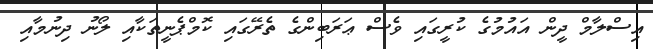
އިސްލާމް ދީން އައުމުގެ ކުރީގައި ވެސް ޢަރަބިންގެ ތެރޭގައި ކޮމްޕެނީތަކާއި ލޯނު ދިނުމާއި